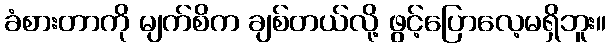
ခံစားတာကို မျက်စိက ချစ်တယ်လို့ ဖွင့်ပြောလေ့မရှိဘူး။